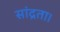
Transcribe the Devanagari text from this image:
सांद्रता।